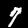
Digit: 7